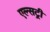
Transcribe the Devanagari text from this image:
एल्सट्री